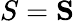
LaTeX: S=\mathbf{S}